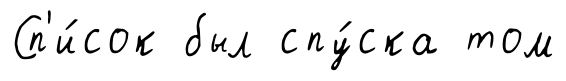
Сп'и́сок был спу́ска том